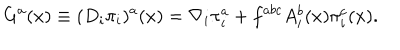
G ^ { a } ( x ) \equiv ( D _ { i } \pi _ { i } ) ^ { a } ( x ) = \nabla _ { i } \pi _ { i } ^ { a } + f ^ { a b c } A _ { i } ^ { b } ( x ) \pi _ { i } ^ { c } ( x ) .